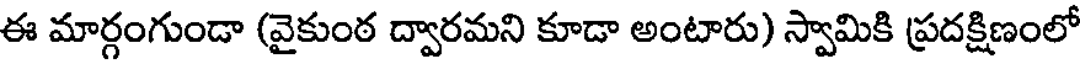
ఈ మార్గంగుండా (వైకుంఠ ద్వారమని కూడా అంటారు) స్వామికి ప్రదక్షిణంలో